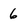
Character: 6